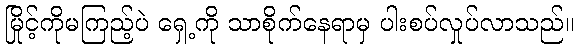
မြိုင့်ကိုမကြည့်ပဲ ရှေ့ကို သာစိုက်နေရာမှ ပါးစပ်လှုပ်လာသည်။